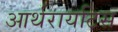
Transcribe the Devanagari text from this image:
आर्थरायटिस